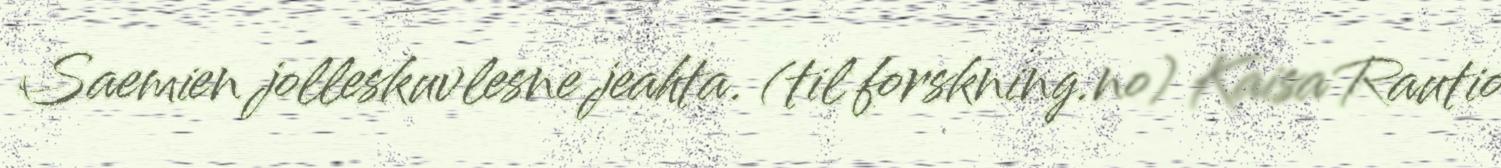
Saemien jolleskuvlesne jeahta. (til forskning.no) Kaisa Rautio